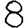
Digit: 8